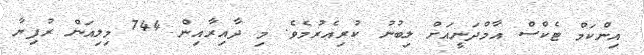
އިންކަމް ޓެކްސް އާމްދަނީއަށް ލިބުނު ކުރިއެރުމެވެ. މި ދާއިރާއިން 744 މިލިއަން ރުފިޔާ